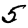
Digit: 5